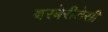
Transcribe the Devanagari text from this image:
बरबेरीडेसी